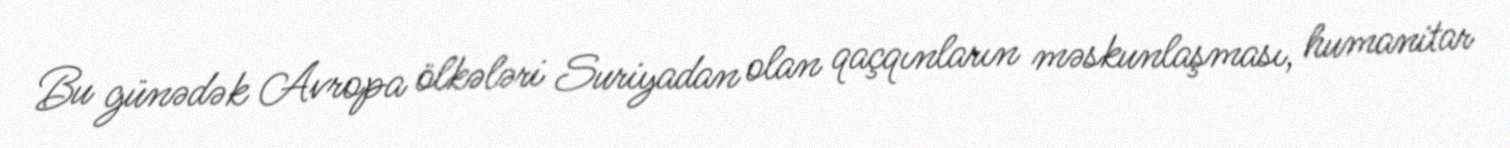
Bu günədək Avropa ölkələri Suriyadan olan qaçqınların məskunlaşması, humanitar